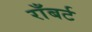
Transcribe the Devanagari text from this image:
राँबर्ट